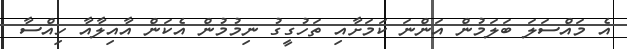
އެ މައްސަލަ ބަލަމުން އަންނަ ކަމަށާއި ތަހުގީގު ނިމުމުން އެކަން އާއިލާއާ ހިއްސާ